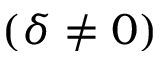
( \delta \neq 0 )